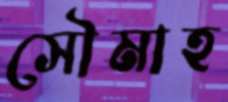
সৌমাহ